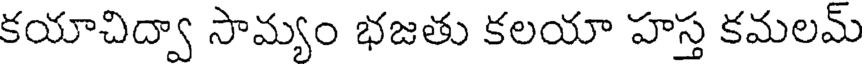
కయాచిద్వా సామ్యం భజతు కలయా హస్త కమలమ్